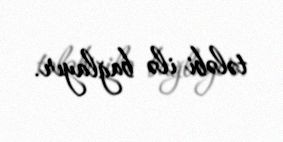
tələbi ilə bağlayır.